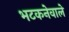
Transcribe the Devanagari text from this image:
भटकनेवाले